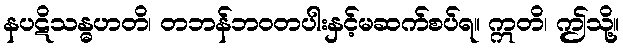
နပဋိသန္ဓဟတိ၊ တဘန်ဘဝတပါးနှင့်မဆက်စပ်ရ။ ဣတိ၊ ဤသို့။